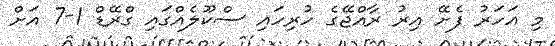
މި އަހަރު ފެށޭ އިރު ރާއްޖޭގެ ހުރިހައި ސްކޫލެއްގައި ގްރޭޑް 1-7 އަށް